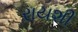
રાયશી